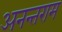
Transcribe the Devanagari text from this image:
अनन्तराम